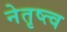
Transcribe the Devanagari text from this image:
नेतृष्त्व